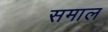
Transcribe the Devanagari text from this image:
समाल